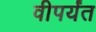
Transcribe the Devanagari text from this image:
वीपर्यंत